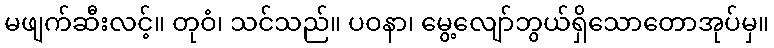
မဖျက်ဆီးလင့်။ တုဝံ၊ သင်သည်။ ပဝနာ၊ မွေ့လျော်ဘွယ်ရှိသောတောအုပ်မှ။